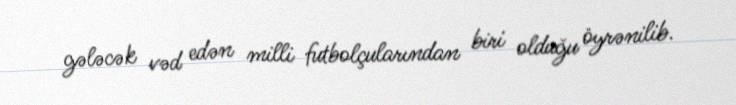
gələcək vəd edən milli futbolçularından biri olduğu öyrənilib.